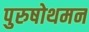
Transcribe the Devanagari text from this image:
पुरुषोथमन